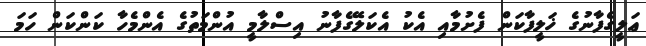
ޢަލީގެފާނުގެ ޚަލީފާކަން ފެށުމާއި އެކު އެކަލޭގެފާނު އިސްލާމީ އުންމަތުގެ އެންމެހާ ކަންކަން ހަމަ